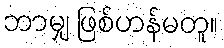
ဘာမျှ ဖြစ်ဟန်မတူ။